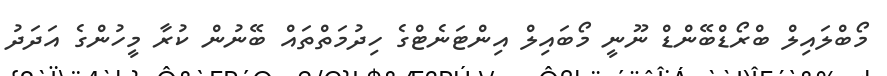
މޯބްލައިލް ބްރޯޑްބޭންޑް ނޫނީ މޯބައިލް އިންޓަނެޓްގެ ހިދުމަތްތައް ބޭނުން ކުރާ މީހުންގެ އަދަދު